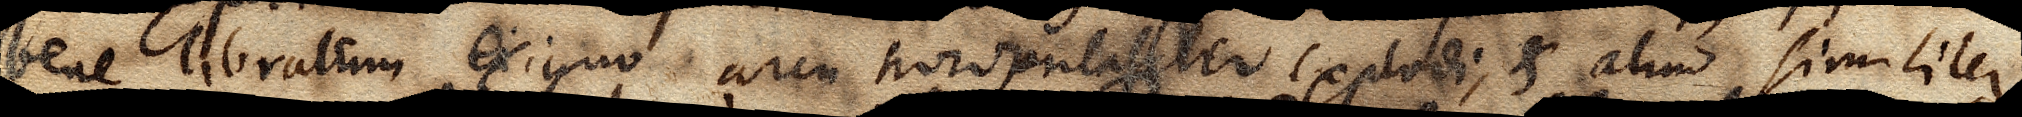
bene libratum exiguo arcu horizontaliter explodi, & aliud similiter